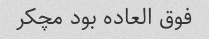
فوق العاده بود مچکر